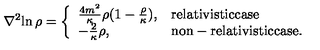
{ { \nabla } ^ { 2 } } { \ln { \rho } } = \left\{ \begin{array} { l l } { { \frac { 4 m ^ { 2 } } { \kappa } } \rho { ( 1 - { \frac { \rho } { \kappa } } ) } , } & { \mathrm { r e l a t i v i s t i c c a s e } } \\ { - { \frac { 2 } { \kappa } } \rho , } & { \mathrm { n o n - r e l a t i v i s t i c c a s e . } } \\ \end{array} \right.